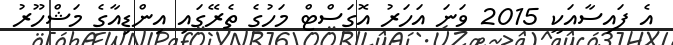
އެ ފައިސާއަކީ 2015 ވަނަ އަހަރު އޮގަސްޓް މަހުގެ ތެރޭގައި އިންޑިއާގެ މަޝްހޫރު